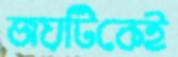
জয়টিকেই